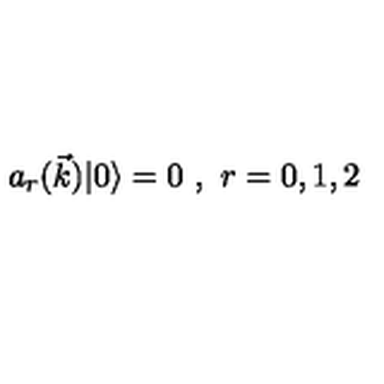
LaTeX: a _ { r } ( \vec { k } ) | 0 \rangle = 0 \ , \ r = 0 , 1 , 2